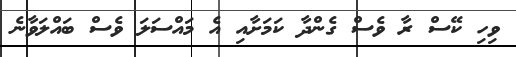
ވިހި ކޭސް ރާ ވެސް ގެންދާ ކަމަށާއި އެ މައްސަލަ ވެސް ބައްލަވާނެ